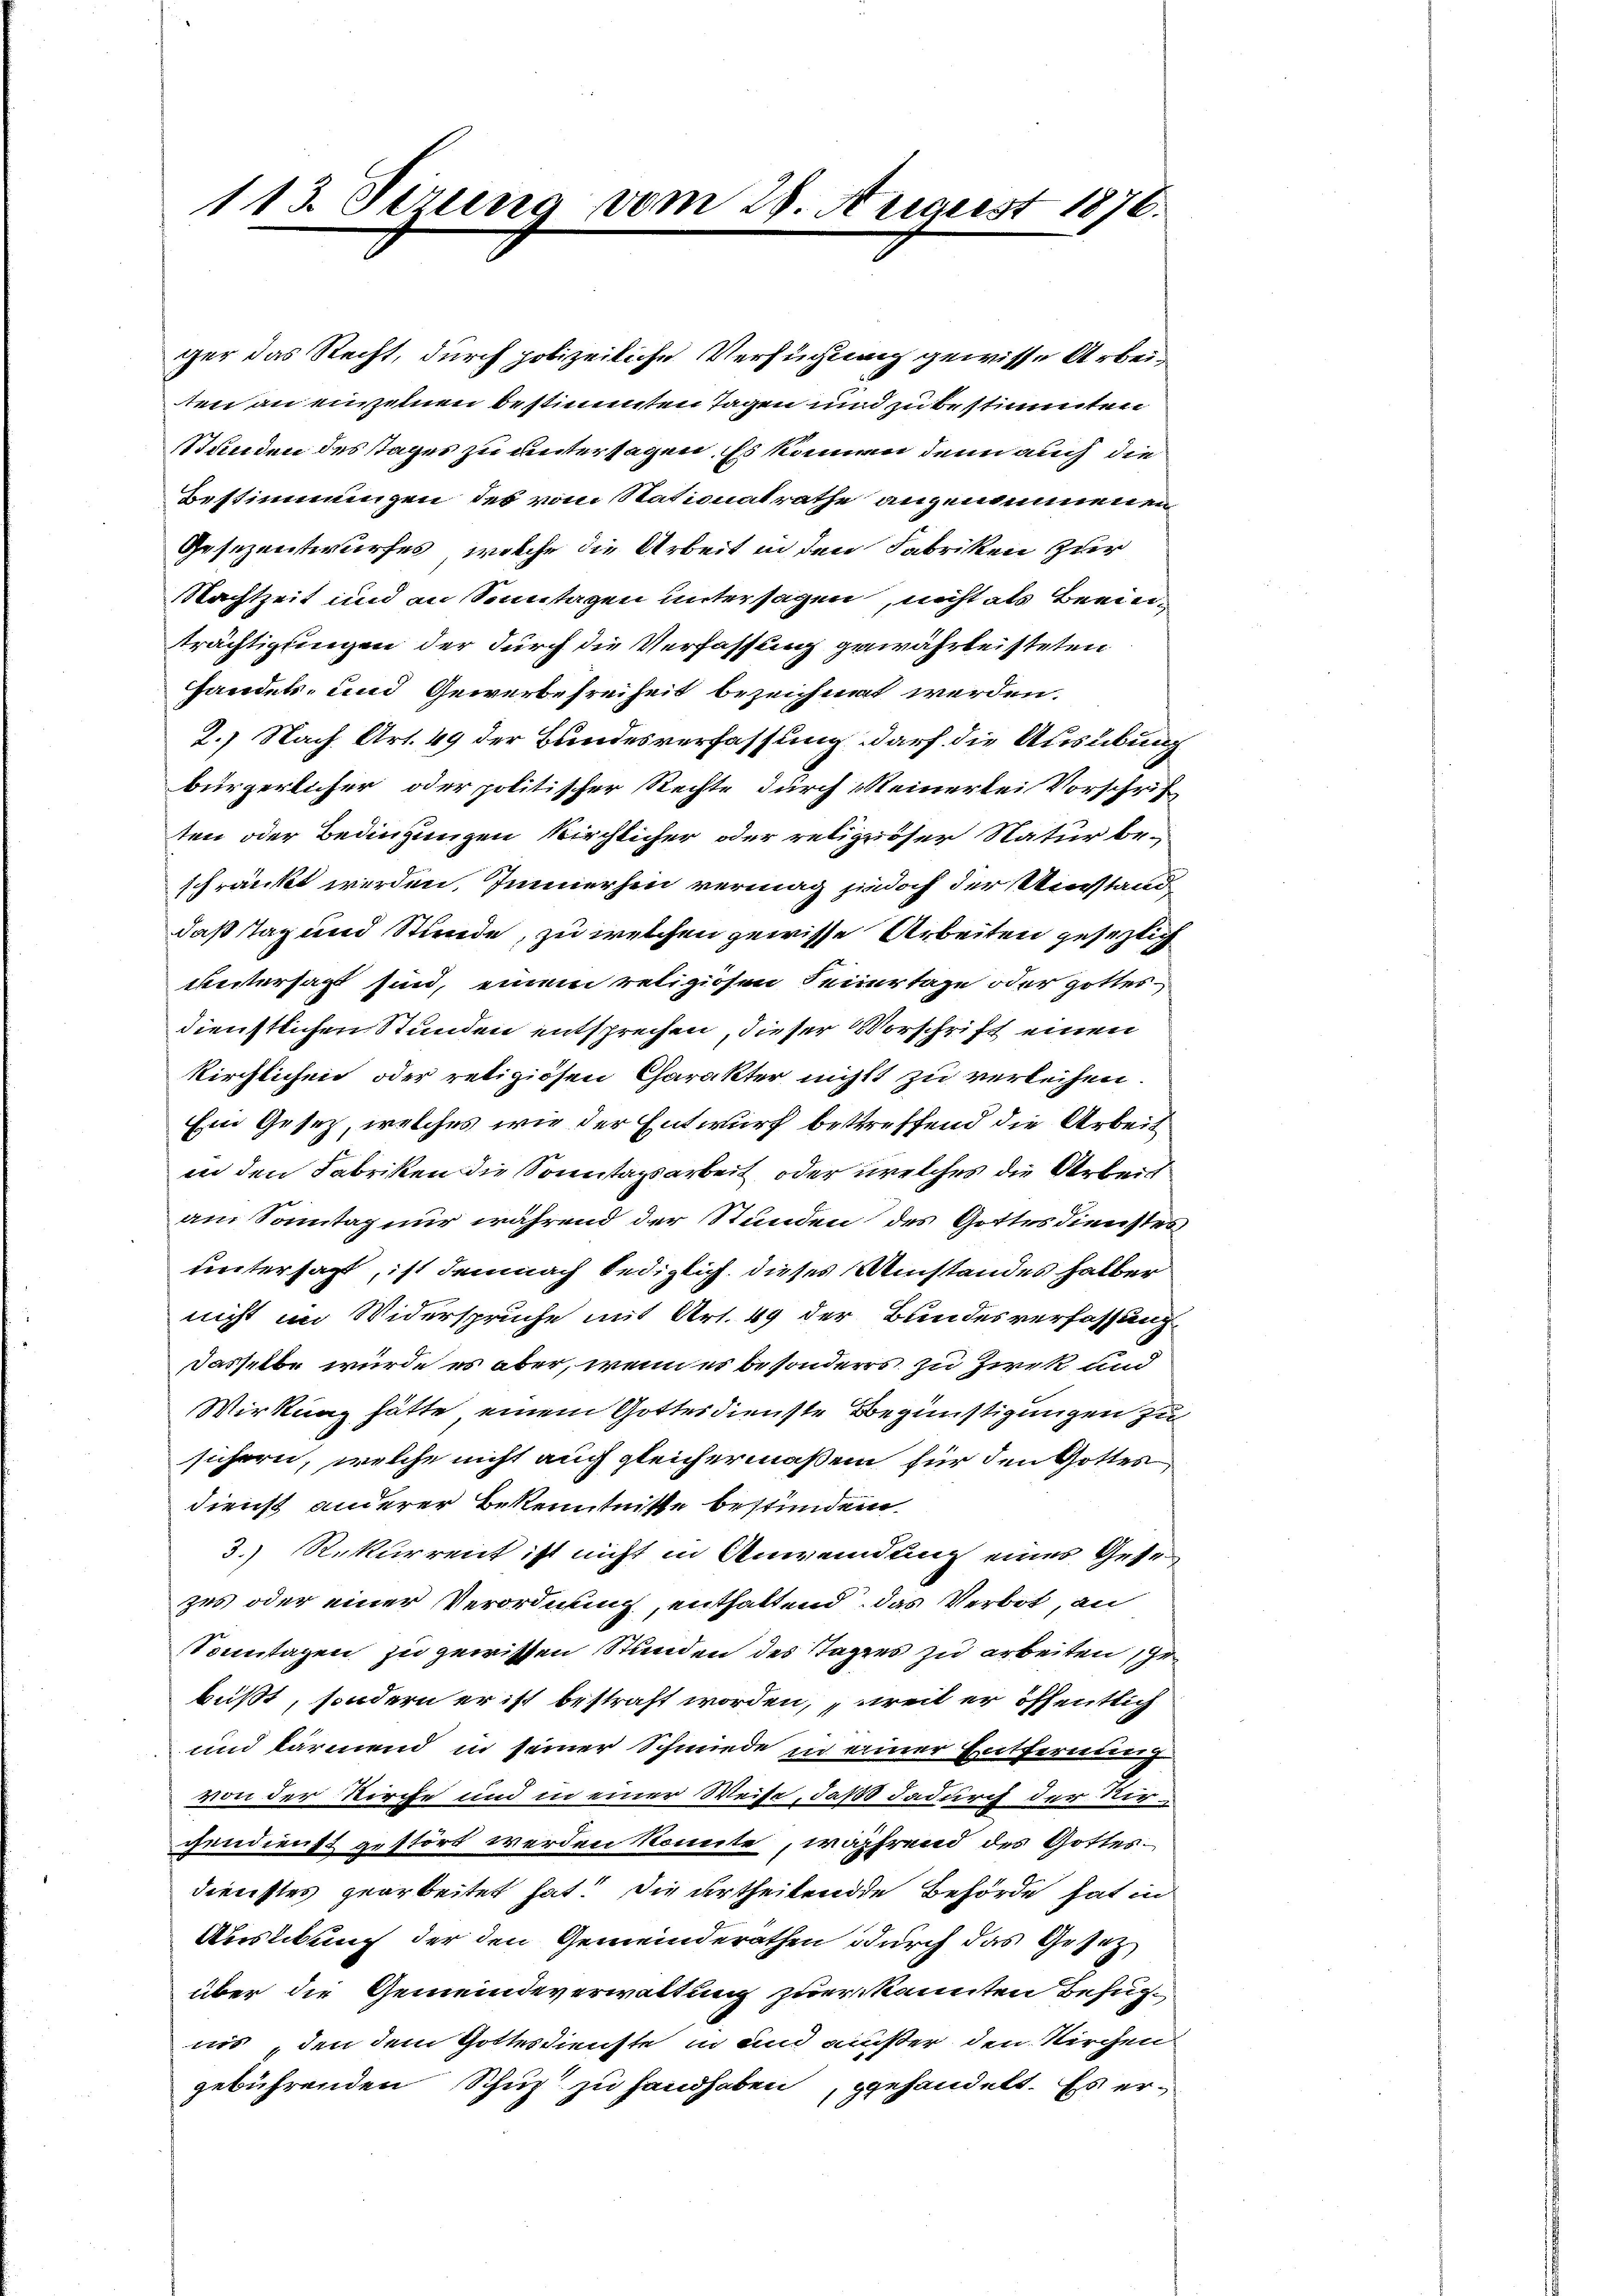
113. Sirung vom 29. August 1876.

ger das Recht, durch polizeiliche Versuchung gewisse Arbeiten an einzelnen bestimmten Tagen und zu bestimmten
Stunden des tages zu untersagen. Es können denn auch die
Bestimmungen des vom Stationalrathe angenommenen
Gesezentwurfes, welche die Arbeit in den Fabriken zur
Nachtzeit und in Sonntagen untersagen, nicht als Beeinträchtigungen der durch die Verfassung gewährteisteten
Handels- und Gewerbefreiheit bezeichnet werden.
2.) Nach Art. 49 der Bundesverfassung darf die Ausübung
bürgerlicher oder politischer Rechte durch Steinertei Vorschrif
ten oder Bedingungen kirchlicher oder religiöser Natur be-
schränkt werden, Immerhin vermag jedoch der Verstand
daß Tag und Stunde, zu welchen gewisse Arbeiten geseztig
untersagt sind, einem religiosen Feiertage oder Gottesdienstlichen Stunden entsprechen, dieser Vorschrift einen
kirchlichen oder religiösen Charakter nicht zu verleihen.
Ein Gesetz, welches wie der Entwurf bestreffend die Arbeit
in den Fabriken die Sonntagsarbeit, oder welches die Arbeit
am Sonntag nur während der Stunden des Gottesdienstes
untersagt, ist demnach lediglich dieses Umstandes halber
nicht im Widerspruche mit Art. 49 der Bundesverfassung
dasselbe würde es aber, wenn es besonders zu Zirk und
Wirkung hätte einem Gottesdienste Begünstigungen zu
sichern, welche nicht auch gleichermaßen für den Gottes
dienst anderer Bekenntnisse bestunden.
3. Rekurrent ist nicht in Anwendung eines Gesezes oder einer Verordnung, enthaltend, das Verbot, an
Sonntagen zu gewissen Stunden des Tagens zu arbeiten schr
büßt, sondern er ist bestraft worden, weil er öffentlich
und lärmend in seiner Schmiede in einer Entfernung
von der Kirche und in einer Weise, daß dadurch der Vorgendienst gestört werden könnte, während des Gottesdienstes gearbeitet hat die urtheilende Behörde hat in
Auslebung der den Gemeinderathen durch das Gesetzüber die Gemeindeverwaltung zuerkannten Befugiis den dem Gottesdienste in und außer den Kirchen
gebührenden Schuz zu handhaben, gehandelt. Es er¬